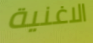
الاغنية